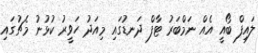
ލައިފް ބޯއީ އެއް ނަމްބަރު ޓާފް ދަނޑުގައި މިއަދު ހަވީރު ކުޅުނު މެޗުގައި